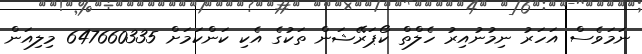
ނަމަވެސް އަހަރު ނިމުނުއިރު ހެލްތް ކޯޕަރޭޝަން ތަކުގެ އެކި ކަންކަމަށް 647660335 މިލިއަން